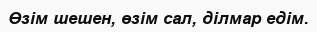
Өзім шешен, өзім сал, ділмар едім.